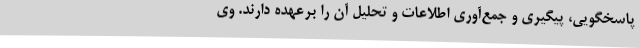
پاسخگویی، پیگیری و جمع‌آوری اطلاعات و تحلیل آن را برعهده دارند. وی